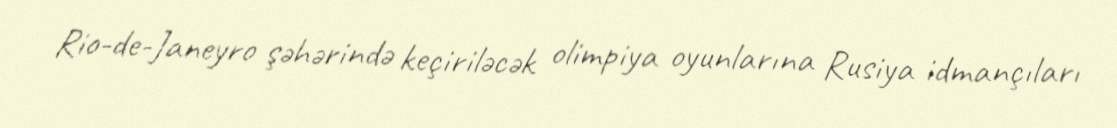
Rio-de-Janeyro şəhərində keçiriləcək olimpiya oyunlarına Rusiya idmançıları